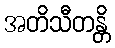
အတိသီတန္တိ